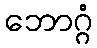
ဘောဂ္ဂံ